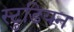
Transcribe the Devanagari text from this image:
स्टुडियन